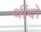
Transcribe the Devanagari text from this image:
थींदो